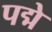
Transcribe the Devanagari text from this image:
पद्मे